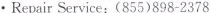
· Repair Service: (855)898-2378